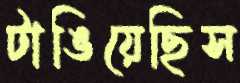
টাঙিয়েছিস